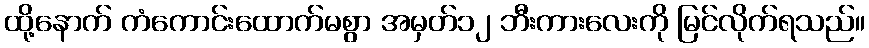
ထို့နောက် ကံကောင်းထောက်မစွာ အမှတ်၁၂ ဘီးကားလေးကို မြင်လိုက်ရသည်။